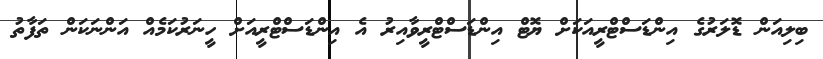
ބިލިއަން ޑޮލަރުގެ އިންޑަސްޓްރީއަކަށް ޔޮޓް އިންޑަސްޓްރީވާއިރު އެ އިންޑަސްޓްރީއަށް ހީނަރުކަމެއް އަންނަކަން ތަފާތު